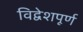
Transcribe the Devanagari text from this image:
विद्वेशपूर्ण